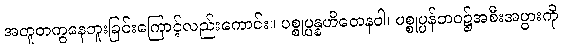
အတူတကွနေဘူးခြင်းကြောင့်လည်းကောင်း။ ပစ္စုပ္ပန္နဟိတေနဝါ၊ ပစ္စုပ္ပန်ဘဝ၌အစီးအပွားကို